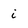
Character: i